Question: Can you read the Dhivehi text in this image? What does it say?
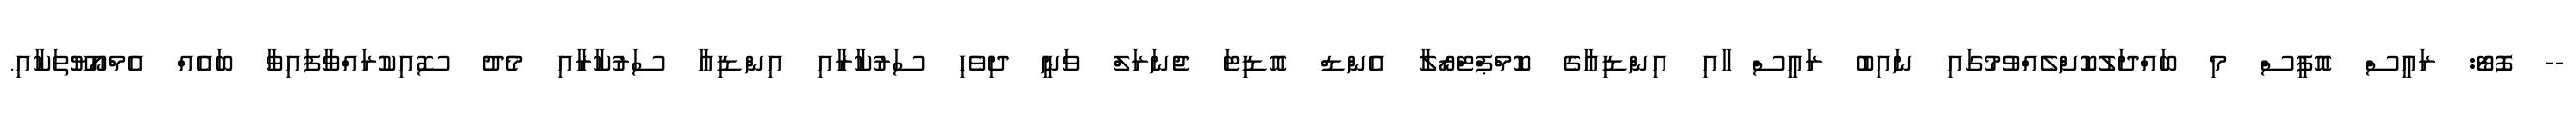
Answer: -- ފޮޓޯ: ރައީސް އޮފީސް މި ބައްދަލުކޮށްލެއްވުމުގައި ނައިބު ރައީސް ާއި އިންޑިއާގެ ކޮމްޕްޓްރޯލާ އެންޑް އޮޑިޓަ ޖެނަރަލް ވަނީ ދިވެހި ސަރުކާރާއި އިންޑިއާ ސަރުކާރާއި މެދު ސޮއިކުރައްވާފައިވާ ބައެއް އެމްއޯޔޫތަކާއި.